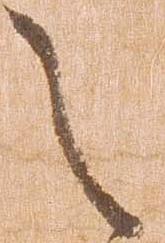
之